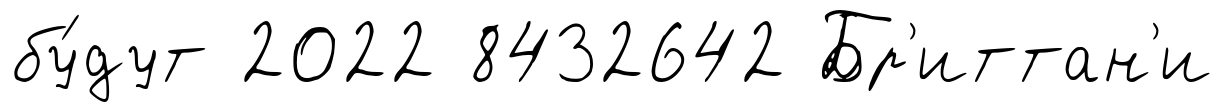
бу́дут 2022 8432642 Бр'иттан'и